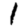
Digit: 1